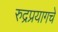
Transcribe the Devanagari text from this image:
रुद्रप्रयागचे